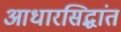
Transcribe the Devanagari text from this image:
आधारसिद्धांत